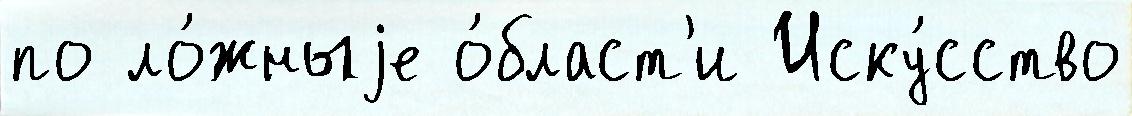
по ло́жныjе о́бласт'и Иску́сство